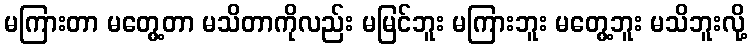
မကြားတာ မတွေ့တာ မသိတာကိုလည်း မမြင်ဘူး မကြားဘူး မတွေ့ဘူး မသိဘူးလို့